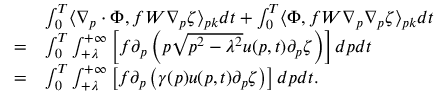
\begin{array} { r l } & { \int _ { 0 } ^ { T } \langle \nabla _ { p } \cdot \Phi , f W \nabla _ { p } \zeta \rangle _ { p k } d t + \int _ { 0 } ^ { T } \langle \Phi , f W \nabla _ { p } \nabla _ { p } \zeta \rangle _ { p k } d t } \\ { = } & { \int _ { 0 } ^ { T } \int _ { + \lambda } ^ { + \infty } \left[ f \partial _ { p } \left( p \sqrt { p ^ { 2 } - \lambda ^ { 2 } } u ( p , t ) \partial _ { p } \zeta \right) \right] d p d t } \\ { = } & { \int _ { 0 } ^ { T } \int _ { + \lambda } ^ { + \infty } \left[ f \partial _ { p } \left( \gamma ( p ) u ( p , t ) \partial _ { p } \zeta \right) \right] d p d t . } \end{array}